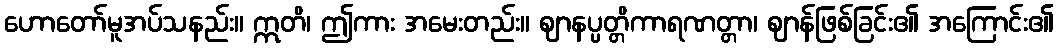
ဟောတော်မူအပ်သနည်း။ ဣတိ၊ ဤကား အမေးတည်း။ ဈာနပ္ပတ္တိကာရဏတ္တာ၊ ဈာန်ဖြစ်ခြင်း၏ အကြောင်း၏